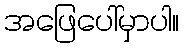
အဖြေပေါ်မှာပါ။